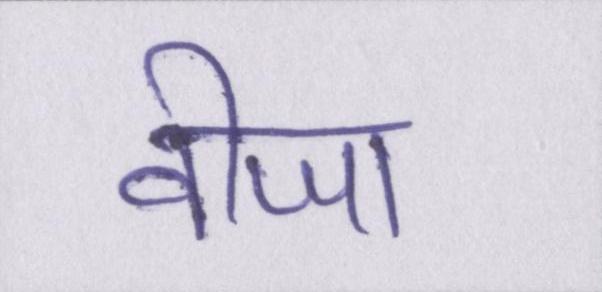
वीजा